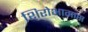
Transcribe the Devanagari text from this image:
शिरोभागास